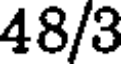
48/3